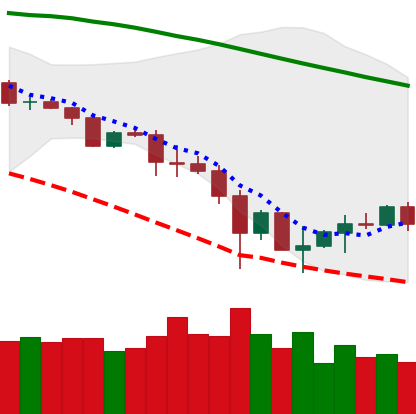
Ticker: ETC-USD
Chart end date: 2019-11-30
Forward return: -3.654%
Label: down_3_5